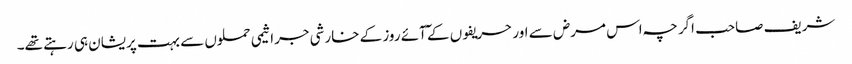
شریف صاحب اگرچہ اس مرض سے اور حریفوں کے ٓآئے روز کے خارشی جراثیمی حملوں سے بہت پریشان ہی رہتے تھے۔